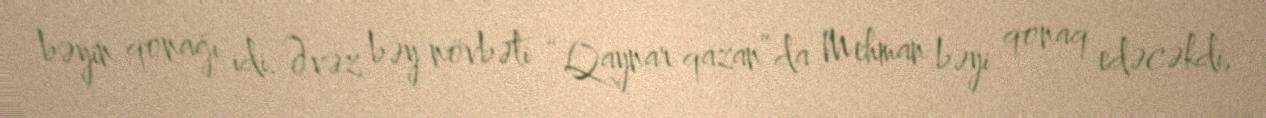
bəyin qonağı idi. Əvəz bəy növbəti “Qaynar qazan”da Mehman bəyi qonaq edəcəkdi,